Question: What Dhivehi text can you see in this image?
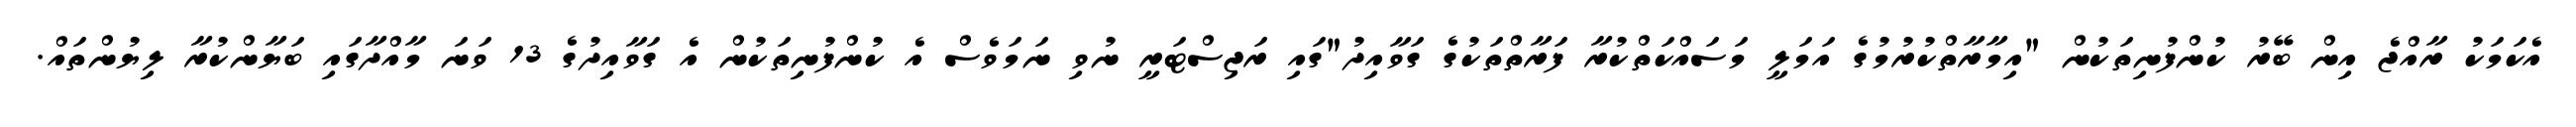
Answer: އެކަމަކު ރާއްޖެ އިން ބޭރު ކުންފުނިތަކުން "އިމާރާތްކުރުމުގެ އަމަލީ މަސައްކަތްކުރާ ފަރާތްތަކުގެ ގަވާއިދު"ގައި ރަޖިސްޓަރީ ނުވި ނަމަވެސް އެ ކުންފުނިތަކުން އެ ގަވާއިދުގެ 13 ވަނަ މާއްދާގައި ބަޔާންކުރާ ލިޔުންތައް.